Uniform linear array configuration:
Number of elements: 32
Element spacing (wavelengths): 0.25
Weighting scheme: cosine
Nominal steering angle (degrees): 15
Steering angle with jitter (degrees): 13.987
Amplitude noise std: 0.05
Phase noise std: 0.05

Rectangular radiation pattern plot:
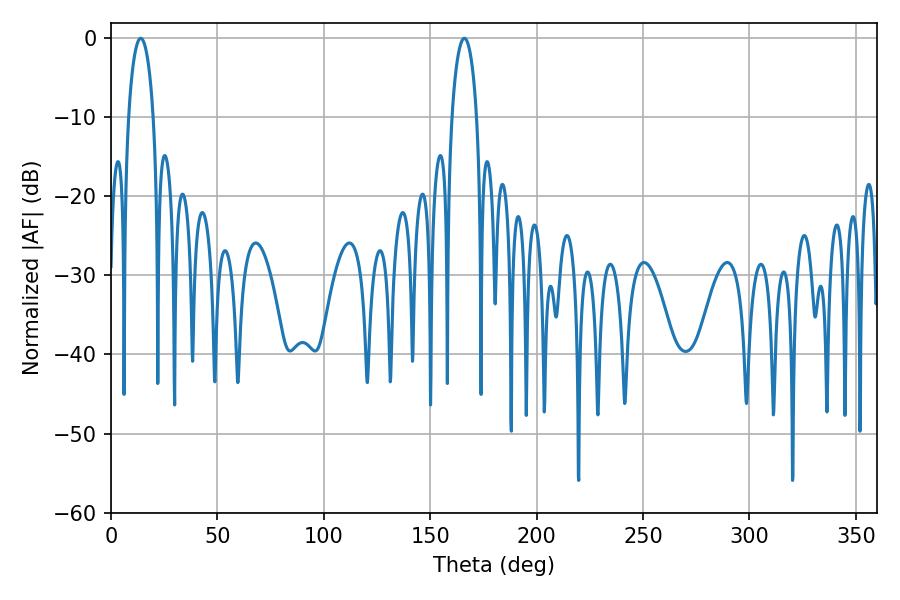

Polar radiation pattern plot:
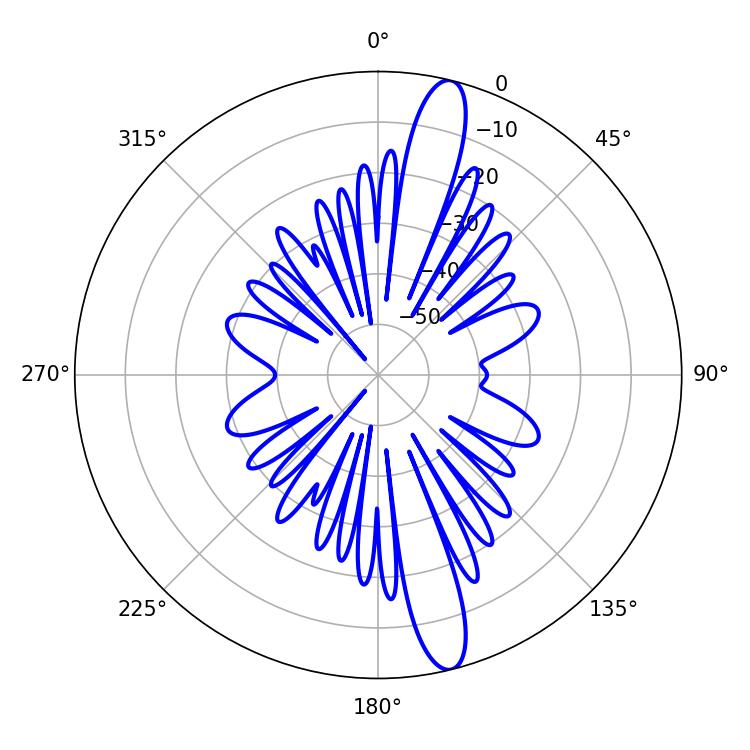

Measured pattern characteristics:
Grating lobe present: FALSE
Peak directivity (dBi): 15.068
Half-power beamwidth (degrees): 6.66
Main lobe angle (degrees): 165.96